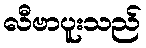
လီဗာပူးသည်